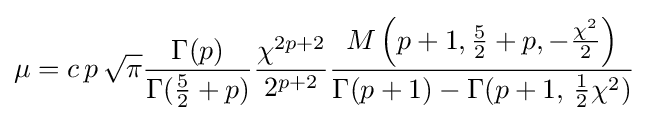
\mu =c\,p\,{\sqrt {\pi }}{\frac {\Gamma (p)}{\Gamma ({\tfrac {5}{2}}+p)}}{\frac {\chi ^{2p+2}}{2^{p+2}}}{\frac {M\left(p+1,{\tfrac {5}{2}}+p,-{\tfrac {\chi ^{2}}{2}}\right)}{\Gamma (p+1)-\Gamma (p+1,\,{\tfrac {1}{2}}\chi ^{2})}}